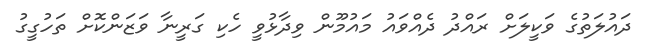
ދައުލަތުގެ ވަކީލަށް ރައްދު ދެއްވައު މައުމޫން ވިދާޅުވީ ހެކި ގަރީނާ ވަޒަންކޮށް ތަހުގީގު